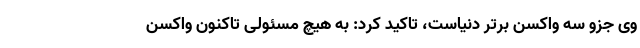
وی جزو سه واکسن برتر دنیاست، تاکید کرد: به هیچ مسئولی تاکنون واکسن